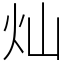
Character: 灿